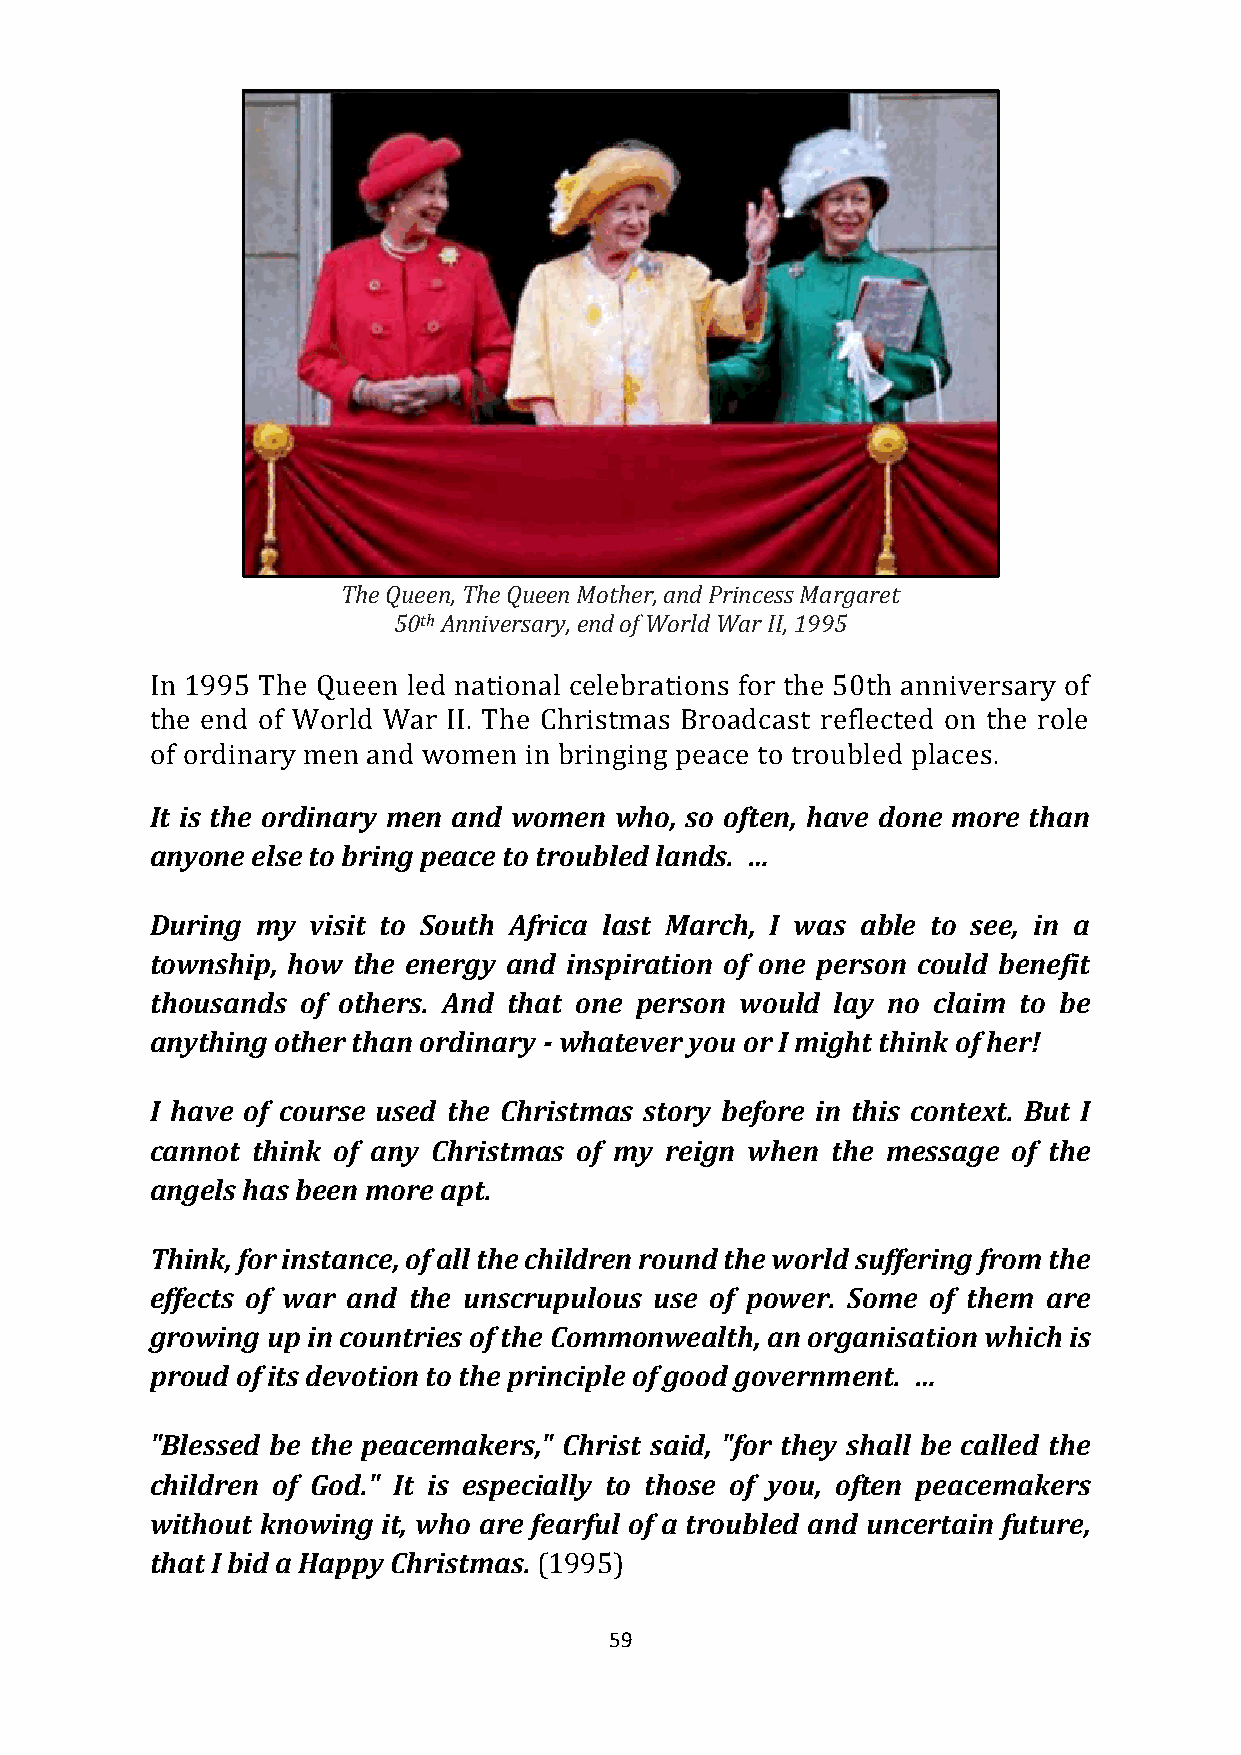
The Queen, The Queen Mother, and Princess Margaret
 50th Anniversary, end of World War II, 1995
 In 1995 The Queen led national celebrations for the 50th anniversary of
 the end of World War II. The Christmas Broadcast reflected on the role
 of ordinary men and women in bringing peace to troubled places.
 It is the ordinary men and women who, so often, have done more than
 anyone else to bring peace to troubled lands. …
 During my  visit to South Africa last March, I was able to see, in a
 township, how the energy and inspiration of one person could benefit
 thousands of others. And that one person would lay no claim to be
 anything other than ordinary - whatever you or I might think of her!
 I have of course used the Christmas story before in this context. But I
 cannot think of any Christmas of my reign when the message of the
 angels has been more apt.
 Think, for instance, of all the children round the world suffering from the
 effects of war and the unscrupulous use of power. Some of them are
 growing up in countries of the Commonwealth, an organisation which is
 proud of its devotion to the principle of good government. …
 "Blessed be the peacemakers," Christ said, "for they shall be called the
 children of God." It is especially to those of you, often peacemakers
 without knowing it, who are fearful of a troubled and uncertain future,
 that I bid a Happy Christmas. (1995)
 59